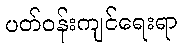
ပတ်ဝန်းကျင်ရေးရာ